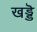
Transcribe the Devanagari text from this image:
खड्डॆ